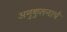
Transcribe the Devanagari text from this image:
अनुकुलनाचे